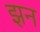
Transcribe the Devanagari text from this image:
झन